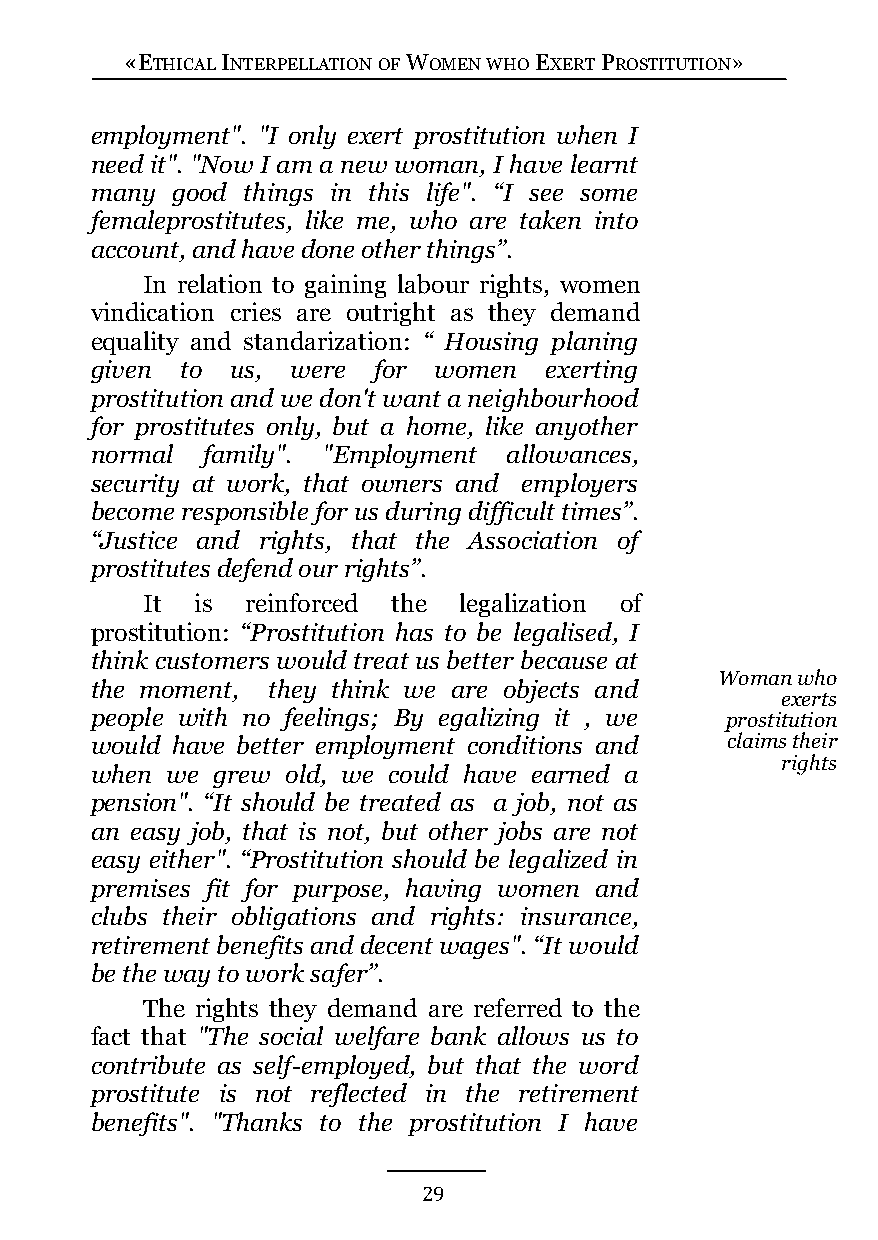
«ETHICAL INTERPELLATION OF WOMEN WHO EXERT PROSTITUTION»
 employment". "I only exert prostitution when I
 need it". "Now I am a new woman, I have learnt
 many good things in this life". “I see some
 femaleprostitutes, like me, who are taken into
 account, and have done other things”.
 In relation to gaining labour rights, women
 vindication cries are outright as they demand
 equality and standarization: “ Housing planing
 given to us, were  for women  exerting
 prostitution and we don't want a neighbourhood
 for prostitutes only, but a home, like anyother
 normal family". "Employment allowances,
 security at work, that owners and employers
 become responsible for us during difficult times”.
 “Justice and rights, that the Association of
 prostitutes defend our rights”.
 It  is reinforced the legalization of
 prostitution: “Prostitution has to be legalised, I
 think customers would treat us better because at
 Woman who
 the moment, they think we are objects and
 exerts
 people with no feelings; By egalizing it , we prostitution
 would have better employment conditions and claims their
 rights
 when we grew old, we could have earned a
 pension". “It should be treated as a job, not as
 an easy job, that is not, but other jobs are not
 easy either". “Prostitution should be legalized in
 premises fit for purpose, having women and
 clubs their obligations and rights: insurance,
 retirement benefits and decent wages". “It would
 be the way to work safer”.
 The rights they demand are referred to the
 fact that "The social welfare bank allows us to
 contribute as self-employed, but that the word
 prostitute is not reflected in the retirement
 benefits". "Thanks to the prostitution I have
 29